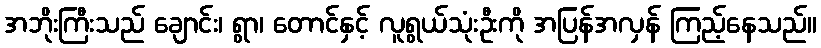
အဘိုးကြီးသည် ချောင်း၊ ရွာ၊ တောင်နှင့် လူရွယ်သုံးဦးကို အပြန်အလှန် ကြည့်နေသည်။